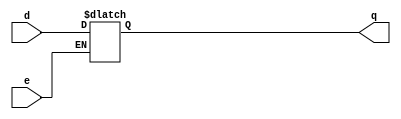
module d_latch(input d,e,output reg q);
    always@(e,d)
begin
  if(!e)
          q<=q;
        else
          q<=d;
   end
endmodule